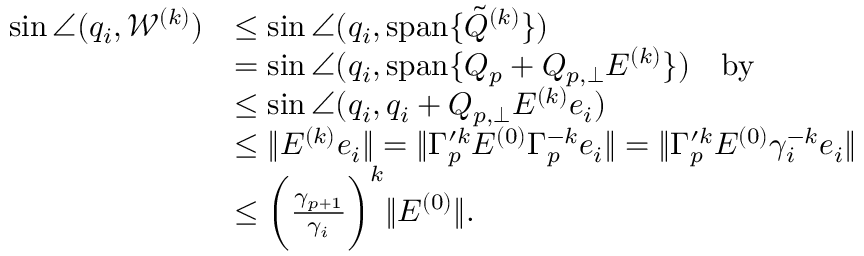
\begin{array} { r l } { \sin \angle ( q _ { i } , \mathcal { W } ^ { ( k ) } ) } & { \leq \sin \angle ( q _ { i } , { \mathrm { s p a n } } \{ \tilde { Q } ^ { ( k ) } \} ) } \\ & { = \sin \angle ( q _ { i } , { \mathrm { s p a n } } \{ Q _ { p } + Q _ { p , \perp } E ^ { ( k ) } \} ) \mathrm { \ \ \ b y ~ \ } } \\ & { \leq \sin \angle ( q _ { i } , q _ { i } + Q _ { p , \perp } E ^ { ( k ) } e _ { i } ) } \\ & { \leq \| E ^ { ( k ) } e _ { i } \| = \| \Gamma _ { p } ^ { \prime k } E ^ { ( 0 ) } \Gamma _ { p } ^ { - k } e _ { i } \| = \| \Gamma _ { p } ^ { \prime k } E ^ { ( 0 ) } \gamma _ { i } ^ { - k } e _ { i } \| } \\ & { \leq \biggl ( \frac { \gamma _ { p + 1 } } { \gamma _ { i } } \biggr ) ^ { k } \| E ^ { ( 0 ) } \| . } \end{array}